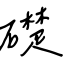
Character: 礎